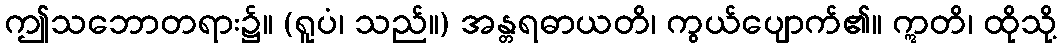
ဤသဘောတရား၌။ (ရူပံ၊ သည်။) အန္တရဓာယတိ၊ ကွယ်ပျောက်၏။ ဣတိ၊ ထိုသို့